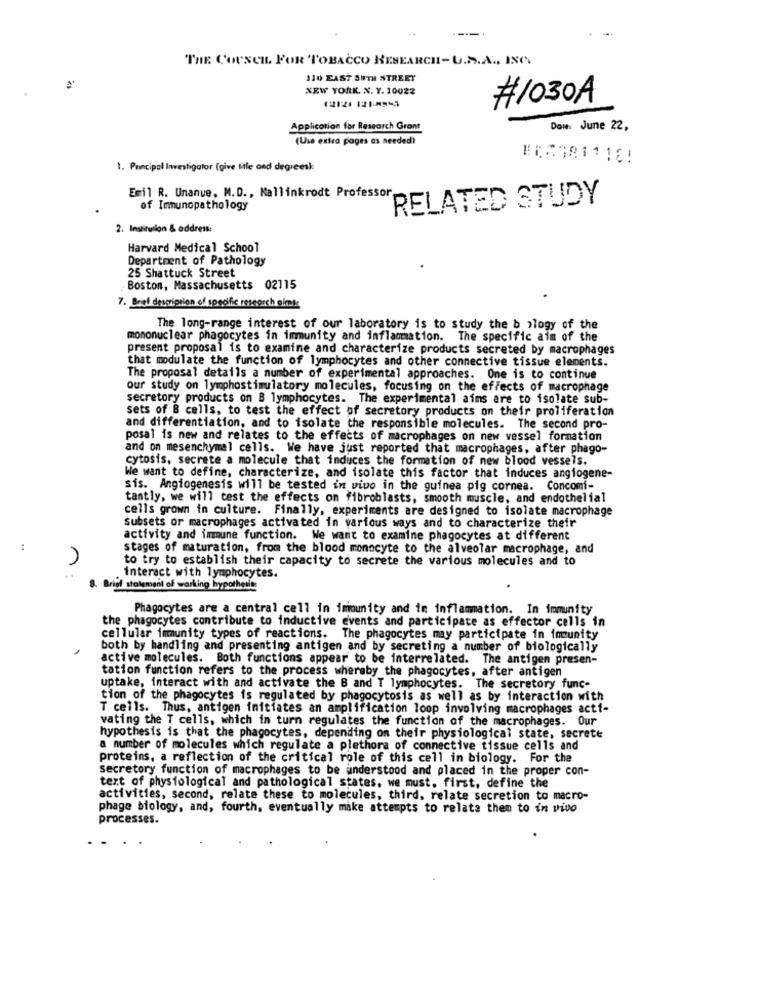
THE COUNCIL FOR TOBACCO RESEARCH-U.S.A ., INC.
110 EAST SUTH STREET
NEW YORK. N. Y. 10022
#1030A
Application for Research Grant
Doms June 22,
(Use extra pages as needed)
#X2381118!
1. Principal Investigator (give title and degreesk
Emil R. Unanue, M.D ., Kallinkrodt Professor,
RELATED STUDY
of Immunopathology
2. Institution & addresk:
Harvard Medical School
Department of Pathology
25 Shattuck Street
Boston, Massachusetts 02115
7. Brief description of specific research oimts
The long-range interest of our laboratory is to study the b ology of the
mononuclear phagocytes in immunity and inflammation. The specific aim of the
present proposal is to examine and characterize products secreted by macrophages
that modulate the function of lymphocytes and other connective tissue elements.
The proposal details a number of experimental approaches. One is to continue
our study on lymphostimulatory molecules, focusing on the effects of macrophage
secretory products on B lymphocytes. The experimental aims are to isolate sub-
sets of B cells, to test the effect of secretory products on their proliferation
and differentiation, and to isolate the responsible molecules. The second pro-
posal is new and relates to the effects of macrophages on new vessel formation
and on mesenchymal cells. We have just reported that macrophages, after phago-
cytosis, secrete a molecule that induces the formation of new blood vessels.
We want to define, characterize, and isolate this factor that induces angiogene-
sis. Angiogenesis will be tested in vivo in the guinea pig cornea. Concomi-
tantly, we will test the effects on fibroblasts, smooth muscle, and endothelial
cells grown in culture. Finally, experiments are designed to isolate macrophage
Subsets or macrophages activated in various ways and to characterize their
activity and immune function. We want to examine phagocytes at different
:
stages of maturation, from the blood monocyte to the alveolar macrophage, and
to try to establish their capacity to secrete the various molecules and to
..
interact with lymphocytes.
8. Brief statement of working hypothetits
Phagocytes are a central cell in immunity and in inflammation. In immunity
the phagocytes contribute to inductive events and participate as effector cells in
cellular imunity types of reactions. The phagocytes may participate in immunity
both by handling and presenting antigen and by secreting a number of biologically
active molecules. Both functions appear to be interrelated. The antigen presen-
tation function refers to the process whereby the phagocytes, after antigen
uptake, interact with and activate the B and T lymphocytes. The secretory func-
tion of the phagocytes is regulated by phagocytosis as well as by interaction with
T cells. Thus, antigen initiates an amplification loop involving macrophages actt-
vating the T cells, which in turn regulates the function of the macrophages. Our
hypothesis is that the phagocytes, depending on their physiological state, secrete
a number of molecules which regulate a plethora of connective tissue cells and
proteins, a reflection of the critical role of this cell in biology. For the
secretory function of macrophages to be understood and placed in the proper con-
text of physiological and pathological states, we must, first, define the
activities, second, relate these to molecules, third, relate secretion to macro-
phage biology, and, fourth, eventually make attempts to relate them to in vivo
processes.